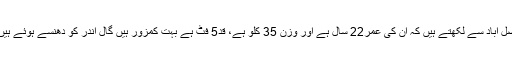
جہاں زیب چیمہ ،فیصل آباد سے لکھتے ہیں کہ اُن کی عمر22 سال ہے اور وزن 35 کلو ہے، قد5 فٹ ہے بہت کمزور ہیں گال اندر کو دھنسے ہوئے ہیں،پیٹ میں کیڑے ہیں۔